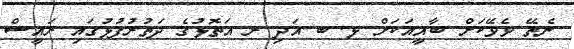
ނެތޭ ވެވޭކަށް ބާޣީއަކަށް ޅ. ބ އަދި ރ އަތޮޅުގެ ދަތުރުފުޅުގައި ރައީސް